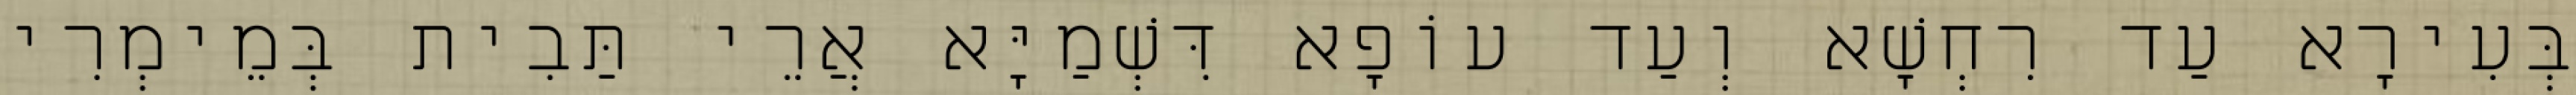
בְּעִירָא עַד רִחְשָׁא וְעַד עוֹפָא דִּשְׁמַיָּא אֲרֵי תַּבִית בְּמֵימְרִי